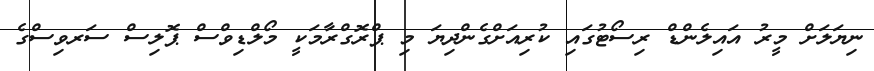
ނިޔަލަށް މީރު އައިލެންޑް ރިސޯޓުގައި ކުރިއަށްގެންދިޔަ މި ޕްރޮގްރާމަކީ މޯލްޑިވްސް ޕޮލިސް ސަރވިސްގެ